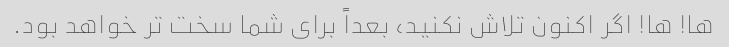
ها! ها! اگر اکنون تلاش نکنید، بعداً برای شما سخت تر خواهد بود.